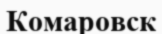
Комаровск